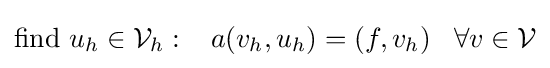
{\text{find }}u_{h}\in {\mathcal {V}}_{h}:\;\;\;a(v_{h},u_{h})=(f,v_{h})\;\;\;\forall v\in {\mathcal {V}}